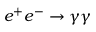
e ^ { + } e ^ { - } \to \gamma \gamma